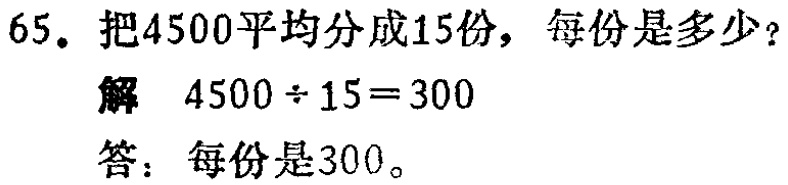
65. 把4500平均分成15份，每份是多少？

解 \(4500\div15 = 300\)

答：每份是300。